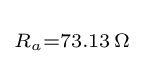
\scriptstyle {R_{a}=73.13\,\Omega }